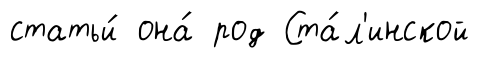
статьи́ она́ род Ста́л'инской